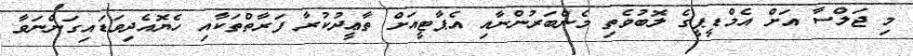
މި ޖަލްސާ އަށް އެމްޑީޕީގެ ލޮބުވެތި މެންބަރުންނާއި އެޕާޓީއަށް ތާޢީދުކުރާ ފަރާތްތަކާއި ހެޔޮއެދިވަޑައިގަންނަވާ